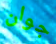
جوان